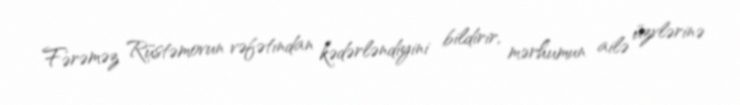
Fərəməz Rüstəmovun vəfətından kədərləndiyini bildirir, mərhumun ailə üzvlərinə